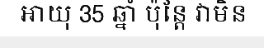
អាយុ 35 ឆ្នាំ ប៉ុន្តែ វាមិន